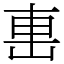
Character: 𨊥